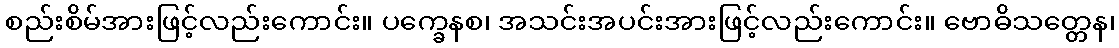
စည်းစိမ်အားဖြင့်လည်းကောင်း။ ပက္ခေနစ၊ အသင်းအပင်းအားဖြင့်လည်းကောင်း။ ဗောဓိသတ္တေန၊